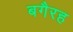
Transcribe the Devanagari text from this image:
बगैरह